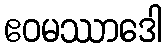
ဧဝမဿာဒေါ